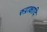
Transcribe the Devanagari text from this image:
रुद्राक्षादि